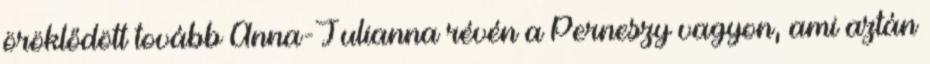
öröklődött tovább Anna-Julianna révén a Perneszy vagyon, ami aztán